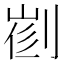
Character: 𠝦